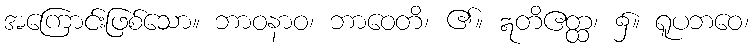
အကြောင်းဖြစ်သော။ ဘာဝနာဝ၊ ဘာဝေတိ၊ ၏။ ဣတိဧတ္ထ၊ ၌။ ရူပဘဝေ၊